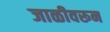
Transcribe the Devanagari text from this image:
जाळीवरून